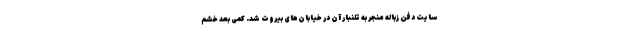
سایت دفن زباله منجر به تلنبار آن در خیابان‌های بیروت شد. کمی بعد خشم